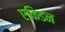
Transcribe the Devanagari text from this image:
एकिडन